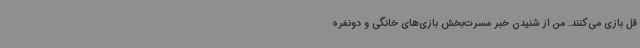
قل بازی می‌کنند. من از شنیدن خبر مسرت‌بخش بازی‌های خانگی و دونفره